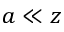
a \ll z